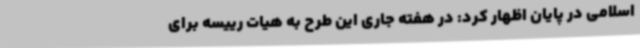
اسلامی در پایان اظهار کرد: در هفته جاری این طرح به هیات رییسه برای